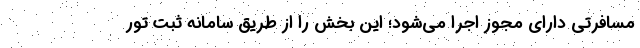
مسافرتی دارای مجوز اجرا می‌شود؛ این بخش را از طریق سامانه ثبت تور